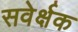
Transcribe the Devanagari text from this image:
सवेर्क्षक